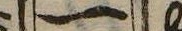
一